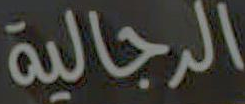
الرجالية